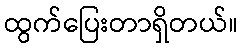
ထွက်ပြေးတာရှိတယ်။